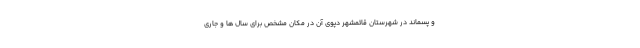
و پسماند در شهرستان قائمشهر دپوی آن در مکان مشخص برای سال ها و جاری